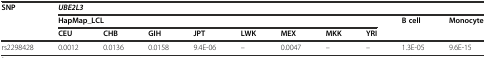
<table><thead><tr><td rowspan="3"><b>SNP</b></td><td colspan="10"><b><i>UBE2L3</i></b></td></tr><tr><td colspan="8"><b>HapMap_LCL</b></td><td rowspan="2"><b>B cell</b></td><td rowspan="2"><b>Monocyte</b></td></tr><tr><td><b>CEU</b></td><td><b>CHB</b></td><td><b>GIH</b></td><td><b>JPT</b></td><td><b>LWK</b></td><td><b>MEX</b></td><td><b>MKK</b></td><td><b>YRI</b></td></tr></thead><tbody><tr><td>rs2298428</td><td>0.0012</td><td>0.0136</td><td>0.0158</td><td>9.4E-06</td><td>–</td><td>0.0047</td><td>–</td><td>–</td><td>1.3E-05</td><td>9.6E-15</td></tr></tbody></table>